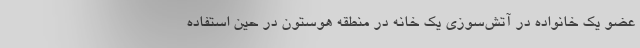
عضو یک خانواده در آتش‌سوزی یک خانه در منطقه هوستون در حین استفاده